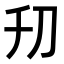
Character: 𠚲